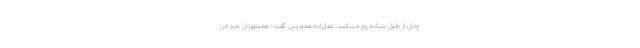
زمان از طول شبانه روز میباشد. غفارزاده همچنین گفت: همشهریان عزیز می